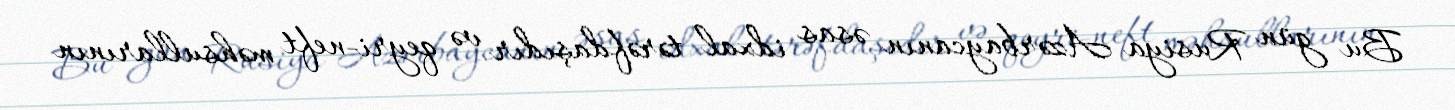
Bu gün Rusiya Azərbaycanın əsas idxal tərəfdaşıdır və qeyri-neft məhsullarının